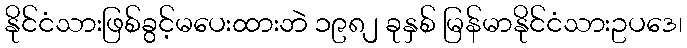
နိုင်ငံသားဖြစ်ခွင့်မပေးထားဘဲ ၁၉၈၂ ခုနှစ် မြန်မာနိုင်ငံသားဥပဒေ၊